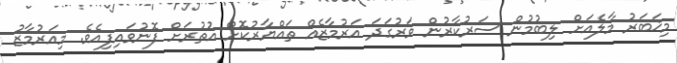
މިޚަބަރު މާލެއަށް ލިބުމުން ސަރުކާރުން ވަރުގަދަ އަރުމާޒެއްް ތައްޔާރުކޮށް އުތުރަށް ފޮނުވައިފިއެވެ. މިއަރުމާޒު